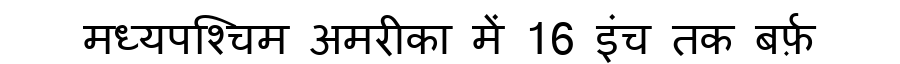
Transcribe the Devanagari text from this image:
मध्यपश्चिम अमरीका में 16 इंच तक बर्फ़